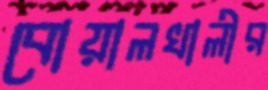
বোয়ালখালীর